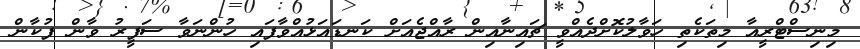
މިނިސްޓްރީއާ މިތަކެތި ހަވާލުކޮށްދެއްވީ ޗައިނާއިން ރާއްޖެއަށް ކަނޑައަޅުއްވާފައި ހުންނަވާ ސަފީރު ވާން ފުކާން